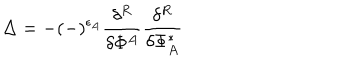
\Delta = - ( - ) ^ { \epsilon _ { A } } \frac { \delta ^ { R } } { \delta \Phi ^ { A } } \frac { \delta ^ { R } } { \delta \Phi _ { A } ^ { * } }